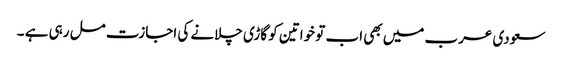
سعودی عرب میں بھی اب تو خواتین کو گاڑی چلانے کی اجازت مل رہی ہے ۔